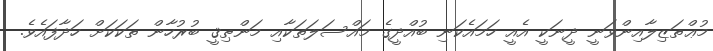
މުޢްތަޒިލާއިންވަނީ ދީނަކީ އެއީ ހަމައެކަނި ބުއްދީގެ މައްސަލަތަކާއި މަންޠިޤީ ބުރުހާން ތަކަކަށް ހަދާފައެވެ.